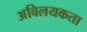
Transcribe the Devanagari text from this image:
अविलयकता